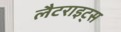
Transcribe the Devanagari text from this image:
लैटराइट्स